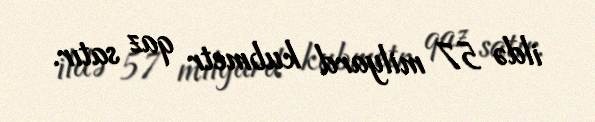
ildə 57 milyard kubmetr qaz satır.